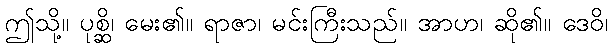
ဤသို့။ ပုစ္ဆိ၊ မေး၏။ ရာဇာ၊ မင်းကြီးသည်။ အာဟ၊ ဆို၏။ ဒေဝိ၊